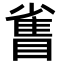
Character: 𪾻